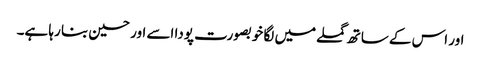
اور اس کے ساتھ گملے میں لگا خوبصورت پودا اسے اور حسین بنا رہا ہے۔